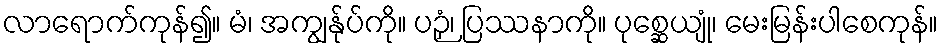
လာရောက်ကုန်၍။ မံ၊ အကျွန်ုပ်ကို။ ပဉှံ၊ ပြဿနာကို။ ပုစ္ဆေယျုံ၊ မေးမြန်းပါစေကုန်။